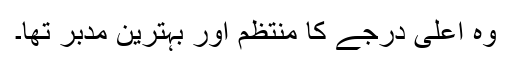
وہ اعلیٰ درجے کا منتظم اور بہترین مدبّر تھا۔